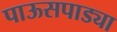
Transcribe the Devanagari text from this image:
पाऊसपाड्या